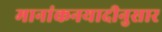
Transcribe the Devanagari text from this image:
मानांकनयादीनुसार